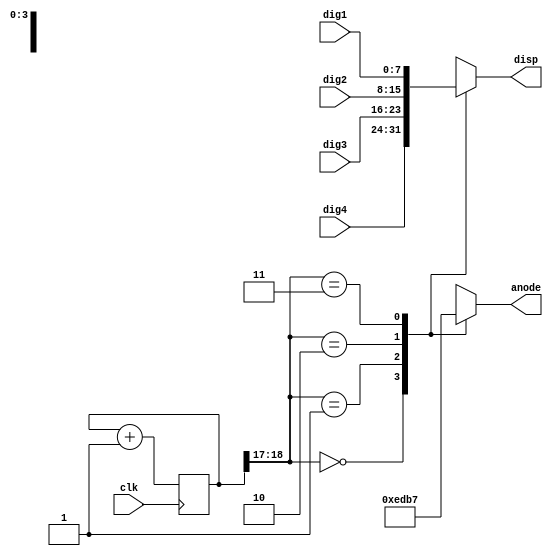
`timescale 1ns / 1ps
//////////////////////////////////////////////////////////////////////////////////
// Company: 
// Engineer: 
// 
// Design Name: 
// Module Name: disp
// Project Name: 
// Target Devices: 
// Tool Versions: 
// Description: 
// 
// Dependencies: 
// 
// Revision:
// Revision 0.01 - File Created
// Additional Comments:
// 
//////////////////////////////////////////////////////////////////////////////////


module disp(
    input clk,
    input [7:0] dig1,
    input [7:0] dig2,
    input [7:0] dig3,
    input [7:0] dig4,
    output reg [7:0] disp,
    output reg [3:0] anode
    );
    
    localparam N = 19;
    reg [N-1:0] count = 0;
    //reg [6:0] temp1 = 7'b1111111; 
    //reg [6:0] temp2 = 7'b1111111;
    
    always @ (posedge clk)
    begin
        count <= count + 1;
    end
    
    always @ (*)
    begin
        case(count[N-1:N-2])
            2'b00: begin
                disp = dig4;
                anode = 4'b1110;
            end
            2'b01: begin
                disp = dig3;
                anode = 4'b1101;
            end
            2'b10: begin
                disp = dig2;
                anode = 4'b1011;
            end
            2'b11: begin
                disp = dig1;
                anode = 4'b0111;
            end
        endcase
    end
endmodule